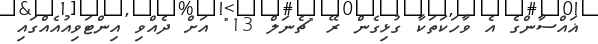
ޣައްސާންގެ އެ ވާހަކަތަކާ ގުޅިގެން ރޭ "ޗެނަލް 13" އަށް ދެއްވި އިންޓަވިއުއެއްގައި